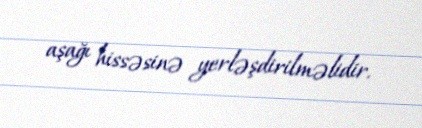
aşağı hissəsinə yerləşdirilməlidir.